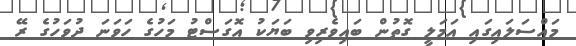
މައްސަލައިގައި އަމަލީ ގޮތުން ބައިވެރިވި ބަޔަކު އޮގަސްޓު މަހުގެ ހަވަނަ ދުވަހުގެ ރޭ